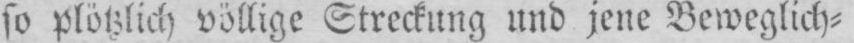
so plötzlich völlige Streckung und jene Beweglich⸗